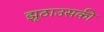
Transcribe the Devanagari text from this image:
झूठाउसकी